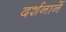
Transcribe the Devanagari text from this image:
दर्शनानें